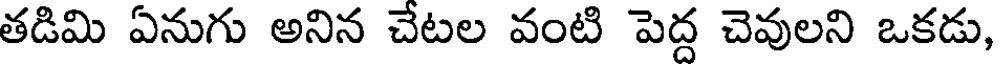
తడిమి ఏనుగు అనిన చేటల వంటి పెద్ద చెవులని ఒకడు,